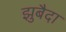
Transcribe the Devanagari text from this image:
झुबैदा